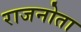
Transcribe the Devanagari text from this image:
राजनोता